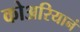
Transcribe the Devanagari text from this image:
कोअरियानं